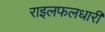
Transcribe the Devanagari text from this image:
राइलफलधारी